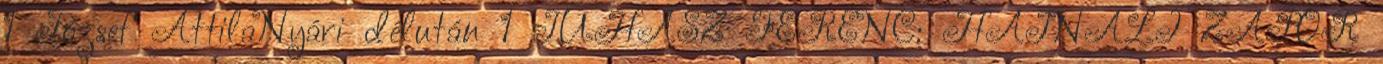
1 József AttilaNyári délután 1 JUHÁSZ FERENC: HAJNALI ZÁPOR